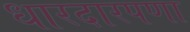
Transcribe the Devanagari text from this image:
धारदारपणा